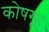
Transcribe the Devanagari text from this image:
कोषगृह